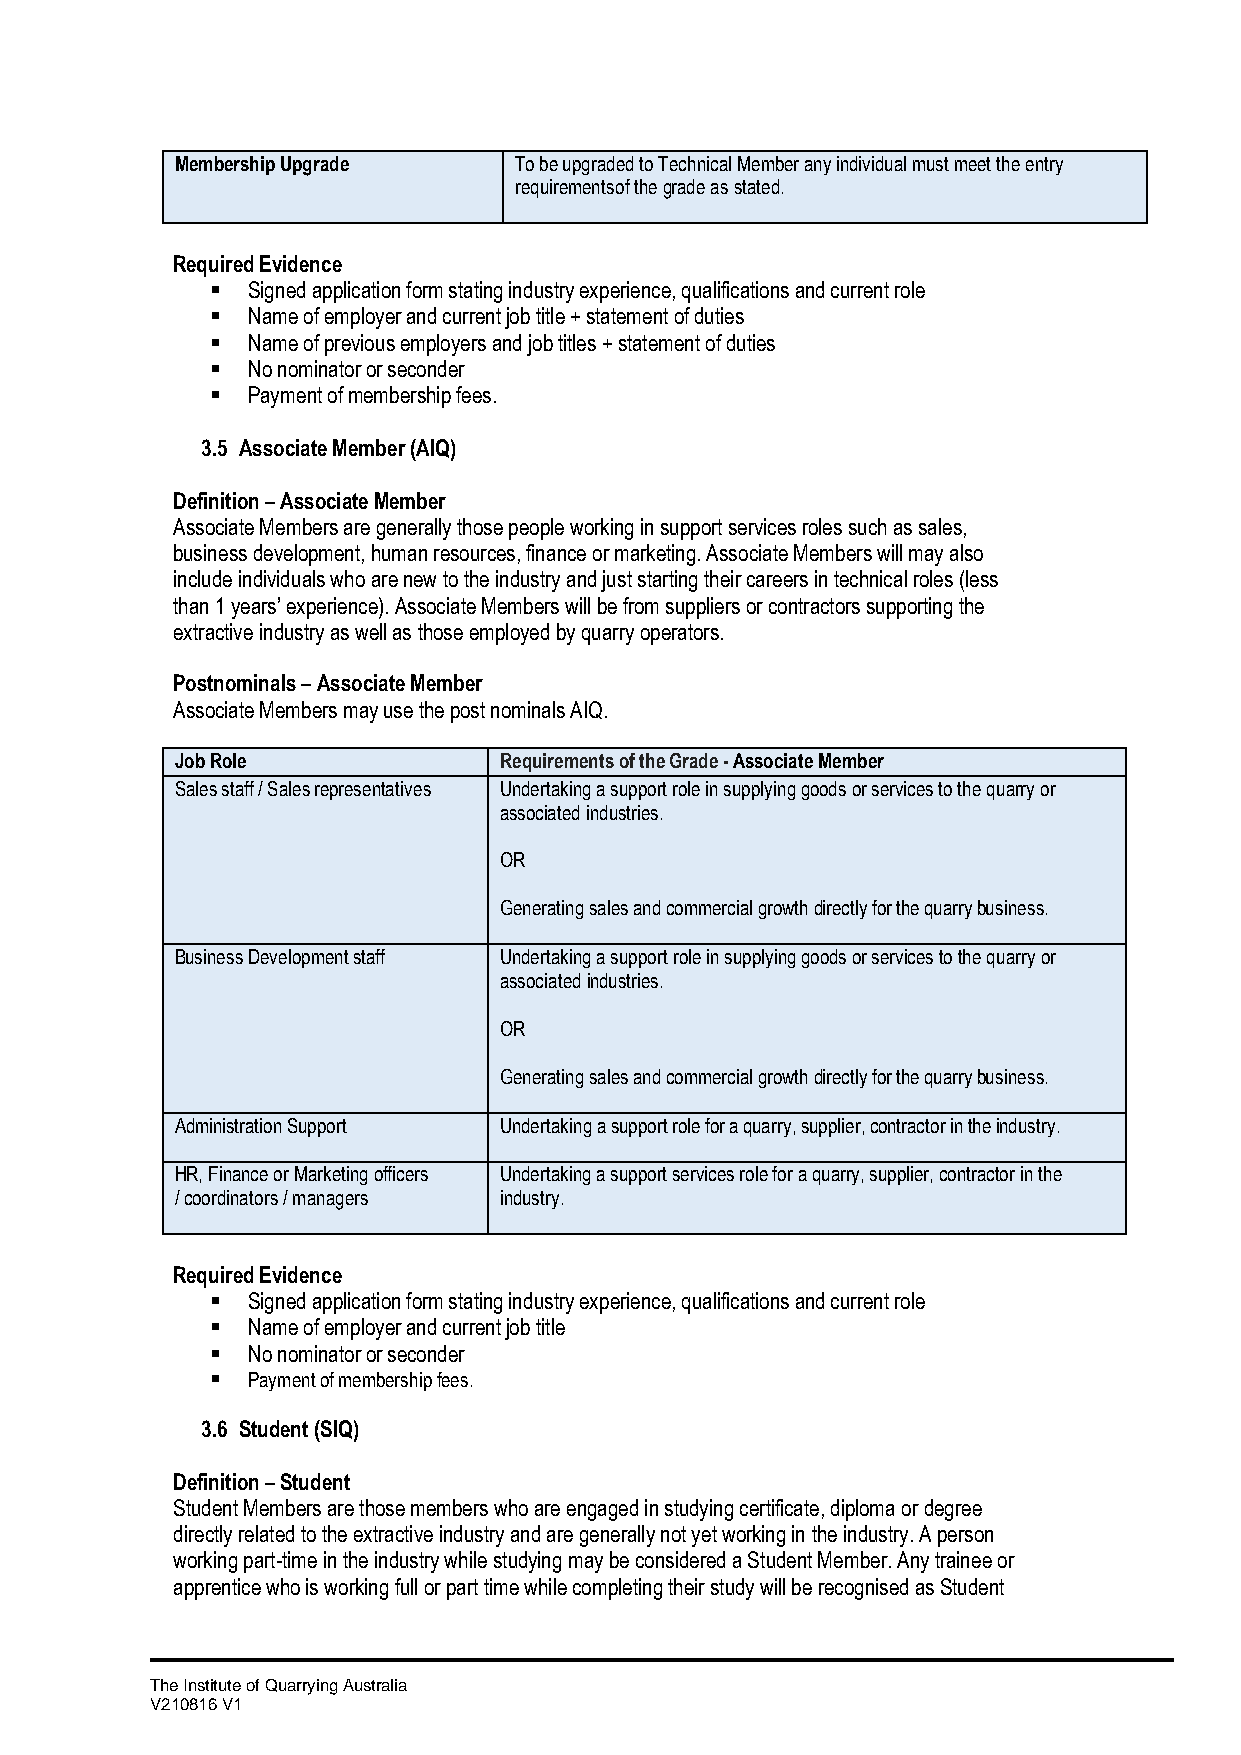
Membership Upgrade    To be upgraded to Technical Member any individual must meet the entry
 requirements of the grade as stated.
 Required Evidence
 ▪ Signed application form stating industry experience, qualifications and current role
 ▪ Name of employer and current job title + statement of duties
 ▪ Name of previous employers and job titles + statement of duties
 ▪ No nominator or seconder
 ▪ Payment of membership fees.
 3.5 Associate Member (AIQ)
 Definition – Associate Member
 Associate Members are generally those people working in support services roles such as sales,
 business development, human resources, finance or marketing. Associate Members will may also
 include individuals who are new to the industry and just starting their careers in technical roles (less
 than 1 years’ experience). Associate Members will be from suppliers or contractors supporting the
 extractive industry as well as those employed by quarry operators.
 Postnominals – Associate Member
 Associate Members may use the post nominals AIQ.
 Job Role             Requirements of the Grade - Associate Member
 Sales staff / Sales representatives Undertaking a support role in supplying goods or services to the quarry or
 associated industries.
 OR
 Generating sales and commercial growth directly for the quarry business.
 Business Development staff Undertaking a support role in supplying goods or services to the quarry or
 associated industries.
 OR
 Generating sales and commercial growth directly for the quarry business.
 Administration Support Undertaking a support role for a quarry, supplier, contractor in the industry.
 HR, Finance or Marketing officers Undertaking a support services role for a quarry, supplier, contractor in the
 / coordinators / managers industry.
 Required Evidence
 ▪ Signed application form stating industry experience, qualifications and current role
 ▪ Name of employer and current job title
 ▪ No nominator or seconder
 ▪ Payment of membership fees.
 3.6 Student (SIQ)
 Definition – Student
 Student Members are those members who are engaged in studying certificate, diploma or degree
 directly related to the extractive industry and are generally not yet working in the industry. A person
 working part-time in the industry while studying may be considered a Student Member. Any trainee or
 apprentice who is working full or part time while completing their study will be recognised as Student
 The Institute of Quarrying Australia
 V210816 V1